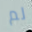
لم